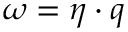
\omega = \eta \cdot q